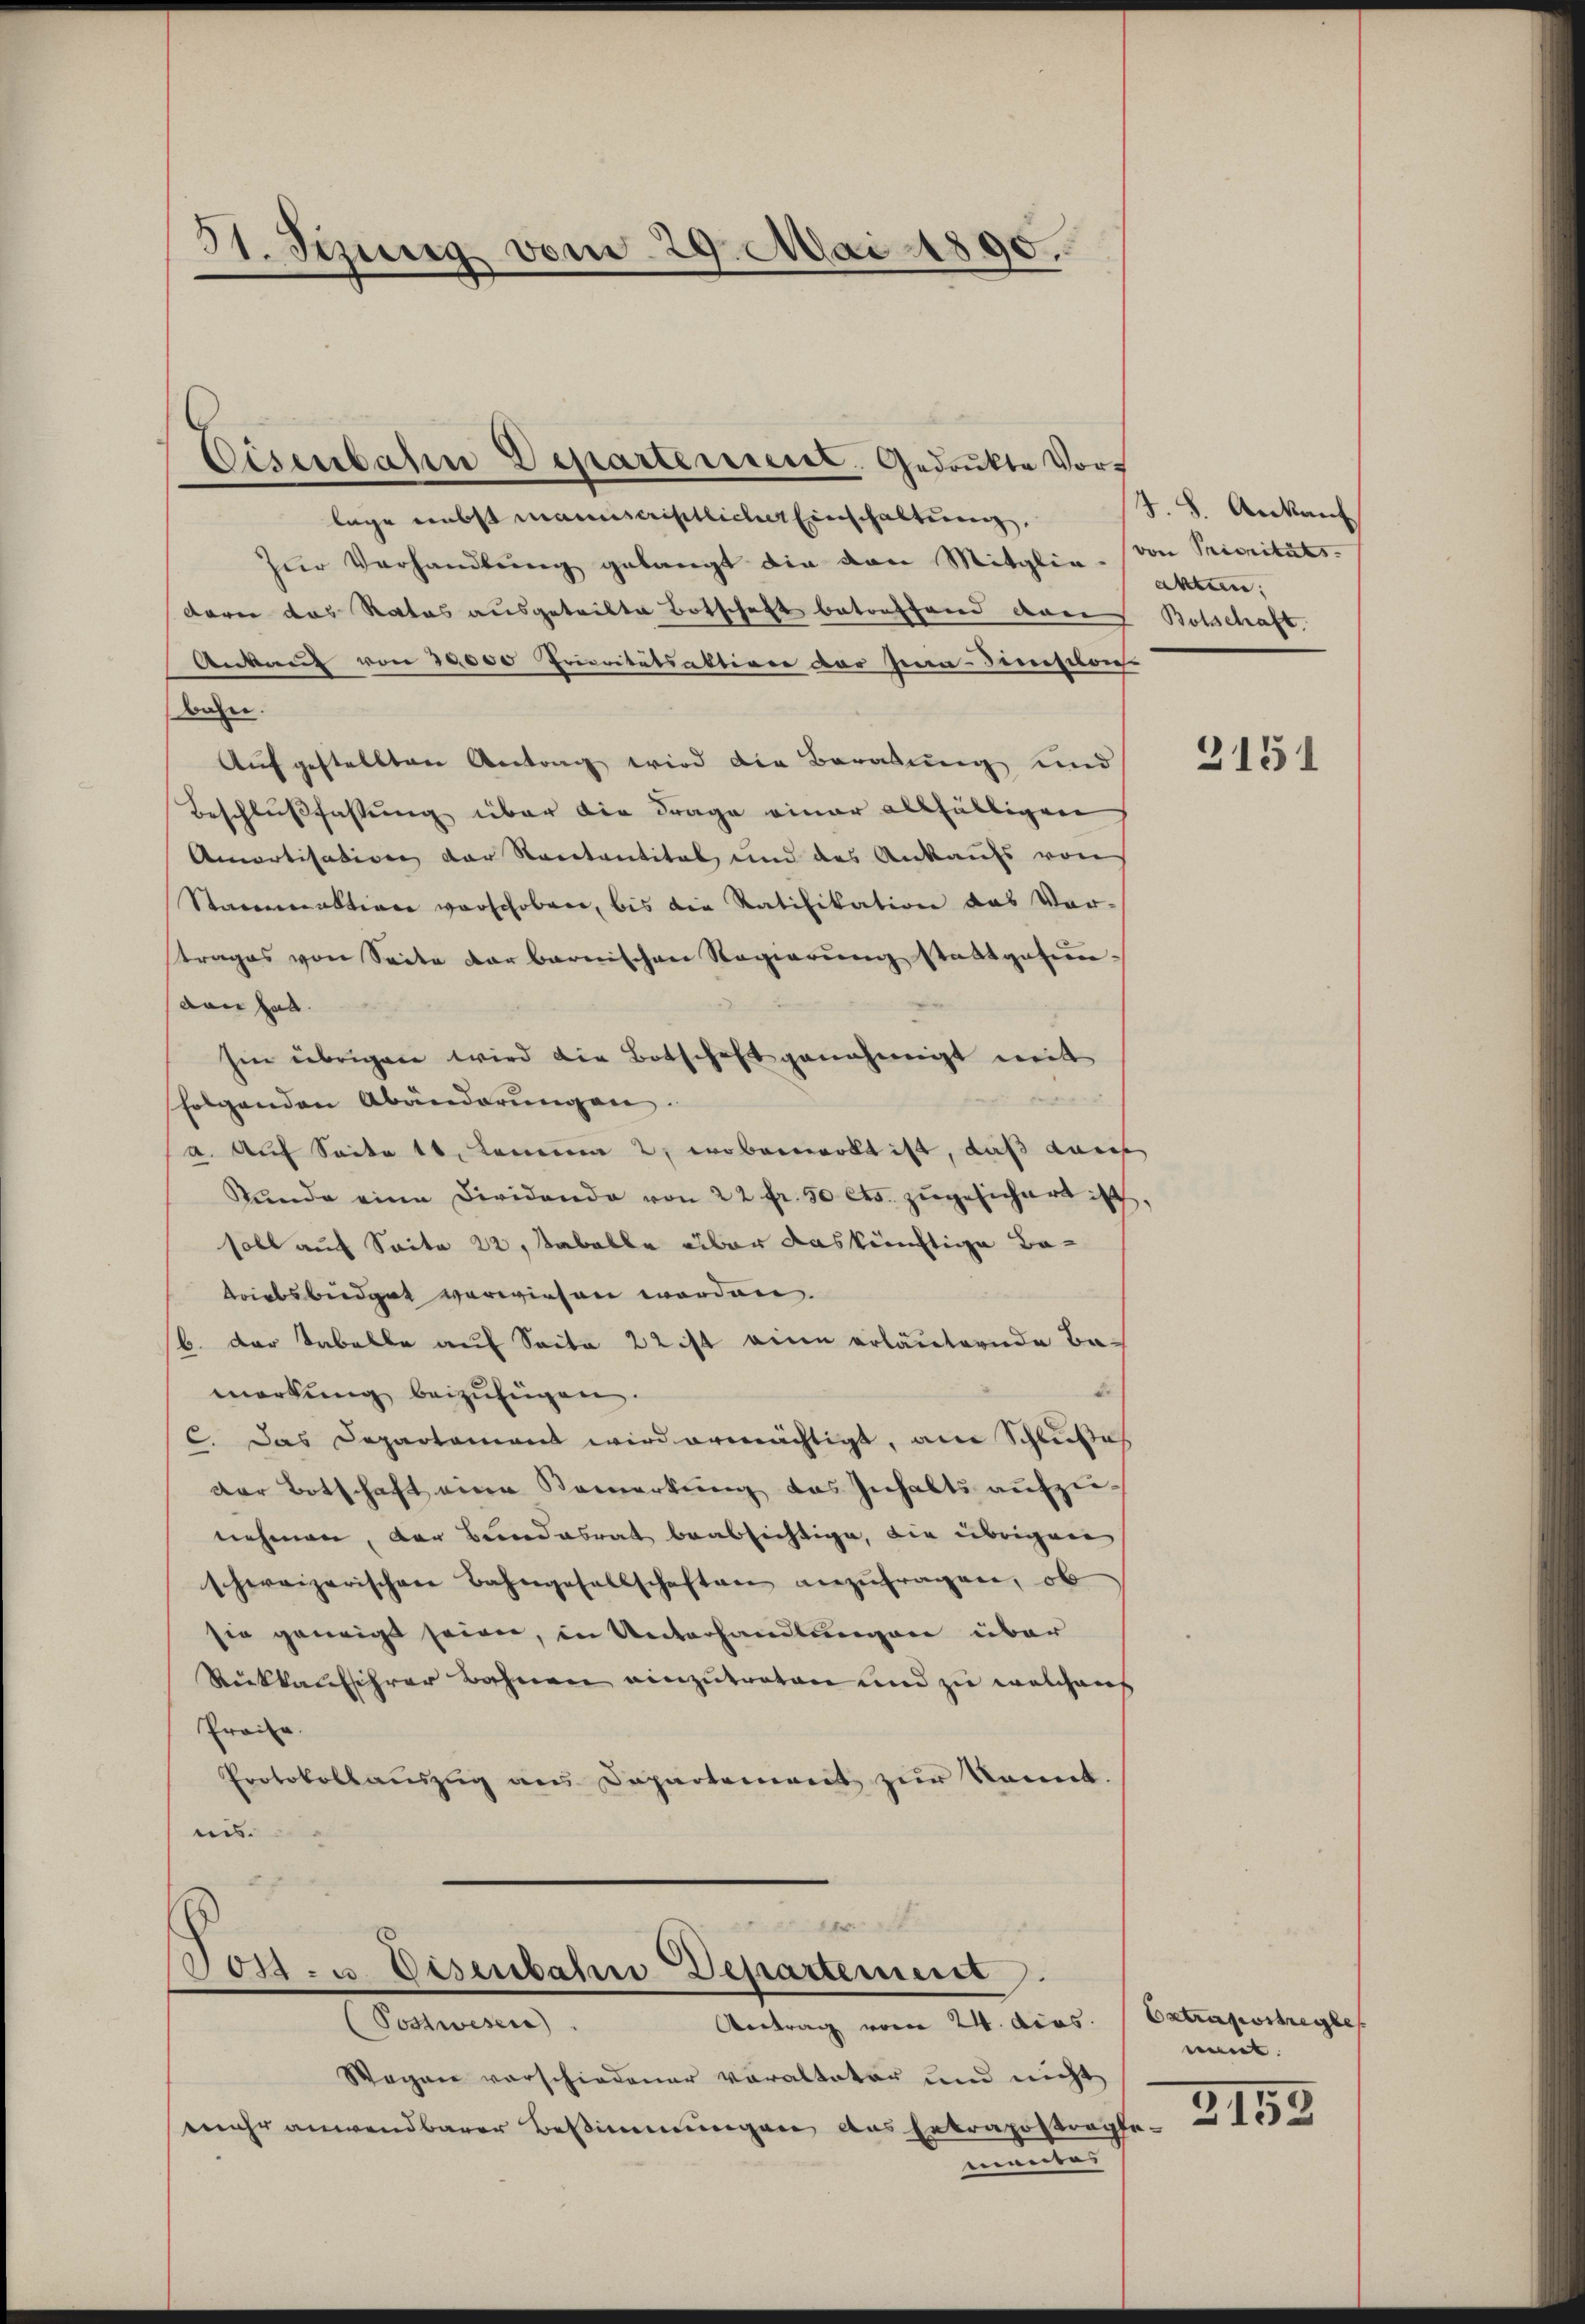
31. Jezung vom 29. Mai 1890.

lage nebst manuscristlicher Einschaltung,
Zŭr Verhandlŭng gelangt die von Mitglie- von Prioritäts-
dore das Rates ausgetribte Botschaft betreffend den Botschaft,
Ankung von 30000 Prioritätsaktione das Jena-Zinselon
bahn.
Aufgestellten Antrag wird die Beratung und
Beschlußfassung über die Frage einer allfälligen
Amortisativen der Rectantital und des Ankaufs von
Staarmaktion verschoben, bis die Ratifikation das Vertrages von Seite dar barnischen Regierung stattgefun-
dan hat.
hin übrigen wird die Botschaft genehmigt mit
folgenden Abänderungen.
a. Auf Seite 11. Lemma 2, wobeiwort ist, daß dass
Stŭnde eine Dividando von 22 fr. 50 Cts. zugesichert ist.
soll auf Saite 22, Rabelle über das künftige Betriebsbüdget verwiesen worden.
b. der Tabelbe auf Seite 22 ist eine erläuternde Ba-
merkung beizufügen.
C. Das Departament wird ermächtigt, ain Schlußes
der Botschaft eine Bemerkung des Inhalts aufzunehmen, der Bundesrat beabsichtige, die übrigen
schweizerischen Bahngesellschaften anzŭfragen, ob
sie geneigt seien, in Unterhandlungen über
Rückkaufschrer Bahnen einzutreten und zu welchen
Preise.
Protokollaŭszŭg ans Departement zŭr kannt.
wis.

Disenbahn Departement. Gedrukte Vor¬

x
Post- u. Eisenbahn Departement.
(Sostwesen.
Antrag vom 24. dies

Wegen vorschiedener veraltater und nicht
mehr anwendbarer Bestimmungen das Ertragsstragte 157
manten

4. 8. Ankant
akten:

2151

Extrapostregle
nent